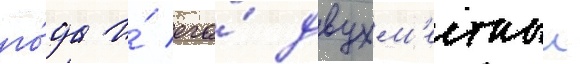
го́да и́ его́ двухм'естныи